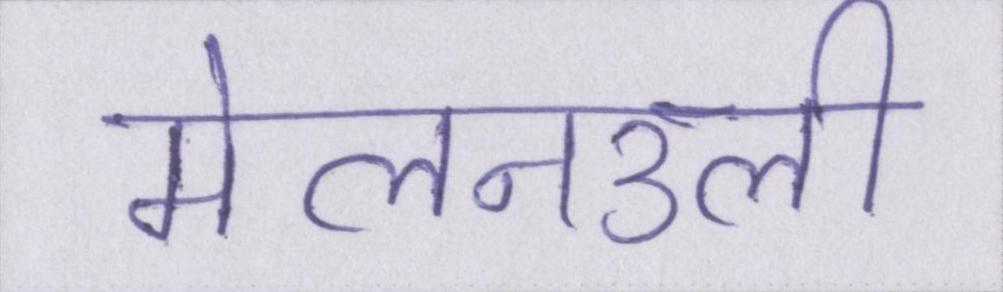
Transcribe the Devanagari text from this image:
मेलनउली